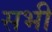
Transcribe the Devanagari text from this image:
सभी